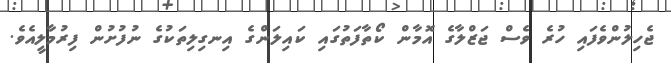
ޖެހިލުންވެފައި ހުރެ ވެސް ޖަޒްލާގެ އޮމާން ކޯތާފަތުގައި ކައިލަންގެ އިނގިލިތަކުގެ ނުފުށުން ފިރުމާލީއެވެ.